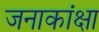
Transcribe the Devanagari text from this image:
जनाकांक्षा